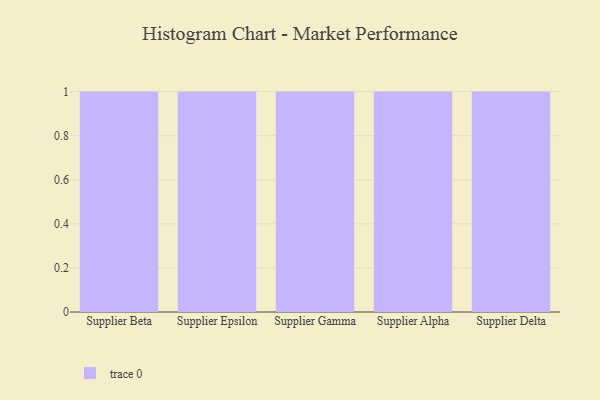
{"axis": {"x": "Supplier", "y": "Churn Rate (%)"}, "legend": [""], "data": [{"x": "Supplier Beta", "y": 24, "type": ""}, {"x": "Supplier Epsilon", "y": 11, "type": ""}, {"x": "Supplier Gamma", "y": 43, "type": ""}, {"x": "Supplier Alpha", "y": 20, "type": ""}, {"x": "Supplier Delta", "y": 82, "type": ""}]}